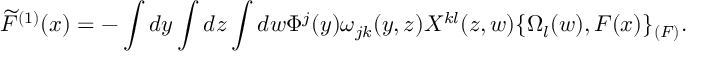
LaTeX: \widetilde { \cal F } ^ { ( 1 ) } ( x ) = - \int d y \int d z \int d w \Phi ^ { j } ( y ) \omega _ { j k } ( y , z ) X ^ { k l } ( z , w ) \{ \Omega _ { l } ( w ) , { \cal F } ( x ) \} _ { ( { \cal F } ) } .